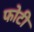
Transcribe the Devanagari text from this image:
फोटी